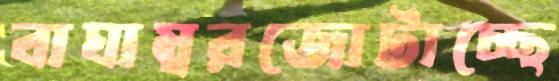
বাঘাম্বরজোটাচ্ছে